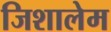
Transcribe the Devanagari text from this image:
जिशालेम